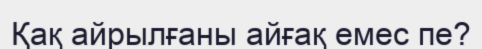
Қақ айрылғаны айғақ емес пе?